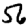
Digit: 2